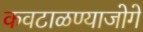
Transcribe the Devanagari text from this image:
कवटाळण्याजोगे